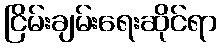
ငြိမ်းချမ်းရေးဆိုင်ရာ